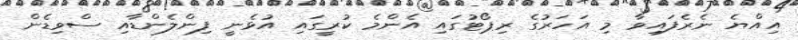
އިއްޔެ ނެރެފައިވާ މި އަހަރުގެ ރިޕޯޓުގައި އެންމެ ކުރީގައި އުޅެނީ ފިންލެންޑާއި ސްވިޑެން